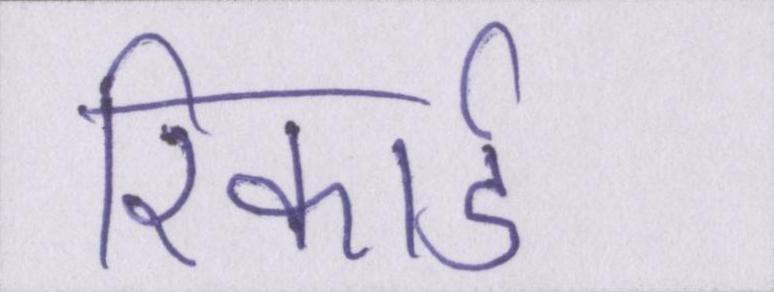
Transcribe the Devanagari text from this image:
रिकार्ड